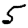
Digit: 5